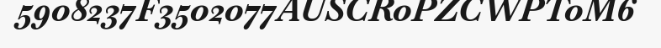
5908237F3502077AUSCR0PZCWPT0M6